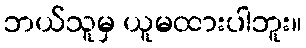
ဘယ်သူမှ ယူမထားပါဘူး။